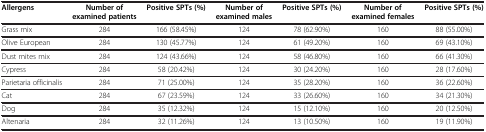
| Allergens | Number of examined patients | Positive SPTs (%) | Number of examined males | Positive SPTs (%) | Number of examined females | Positive SPTs (%) |
 | --- | --- | --- | --- | --- | --- | --- |
 | Grass mix | 284 | 166 (58.45%) | 124 | 78 (62.90%) | 160 | 88 (55.00%) |
 | Olive European | 284 | 130 (45.77%) | 124 | 61 (49.20%) | 160 | 69 (43.10%) |
 | Dust mites mix | 284 | 124 (43.66%) | 124 | 58 (46.80%) | 160 | 66 (41.30%) |
 | Cypress | 284 | 58 (20.42%) | 124 | 30 (24.20%) | 160 | 28 (17.60%) |
 | Parietaria officinalis | 284 | 71 (25.00%) | 124 | 35 (28.20%) | 160 | 36 (22.60%) |
 | Cat | 284 | 67 (23.59%) | 124 | 33 (26.60%) | 160 | 34 (21.30%) |
 | Dog | 284 | 35 (12.32%) | 124 | 15 (12.10%) | 160 | 20 (12.50%) |
 | Altenaria | 284 | 32 (11.26%) | 124 | 13 (10.50%) | 160 | 19 (11.90%) |